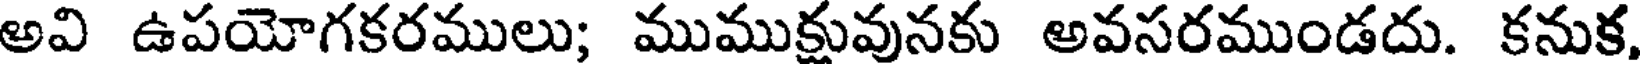
అవి ఉపయోగకరములు; ముముక్షువునకు అవసరముండదు. కనుక,